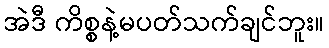
အဲဒီ ကိစ္စနဲ့မပတ်သက်ချင်ဘူး။